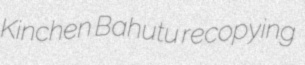
Kinchen Bahutu recopying